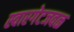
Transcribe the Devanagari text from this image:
स्वारगेटजवळ